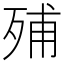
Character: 𣨈